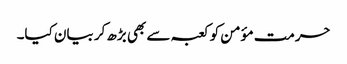
حرمت مؤمن کو کعبہ سے بھی بڑھ کر بیان کیا۔